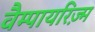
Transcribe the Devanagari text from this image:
वैम्पायरिज़्म